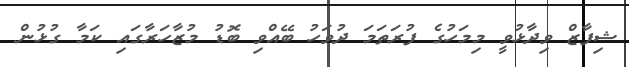
ޝިފާޒް ވިދާޅުވީ މިމަހުގެ ފުރަތަމަ ދުވަހު ބޭއްވި ބޮޑު މުޒާހަރާގައި ކަމާ ގުޅުން